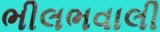
ભીલભવાલી